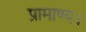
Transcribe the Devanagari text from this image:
प्रामाण्य।